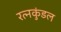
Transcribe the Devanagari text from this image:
रत्नकुंडल